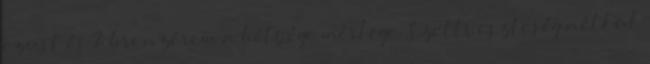
ezüst és 2 bronzérem a hétvége mérlege. Szettveszteség nélkül